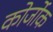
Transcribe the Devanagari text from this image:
कोर्जोक